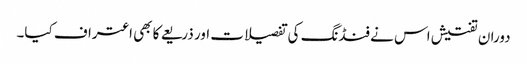
دوران تفتیش اس نے فنڈنگ کی تفصیلات اور ذریعے کا بھی اعتراف کیا۔